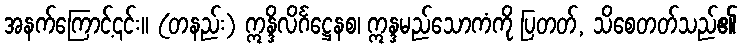
အနက်ကြောင့်၎င်း။ (တနည်း) ဣန္ဒိလိင်္ဂဋ္ဌေနစ၊ ဣန္ဒမည်သောကံကို ပြတတ်, သိစေတတ်သည်၏